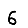
Digit: 6